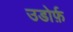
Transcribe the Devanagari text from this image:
उडोर्फ़